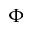
\Phi